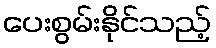
ပေးစွမ်းနိုင်သည့်